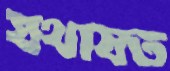
যথাযত